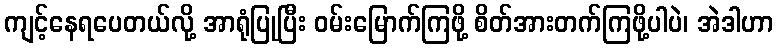
ကျင့်နေရပေတယ်လို့ အာရုံပြုပြီး ဝမ်းမြောက်ကြဖို့ စိတ်အားတက်ကြဖို့ပါပဲ၊ အဲဒါဟာ